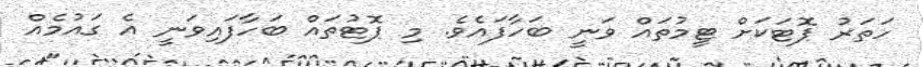
ހަތަރު ޕޮޓަކަށް ޓީމުތައް ވަނީ ބަހާފައެވެ. މި ޕޮޓުތައް ބަހާފައިވަނީ އެ ގައުމެއް